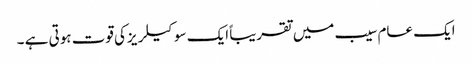
ایک عام سیب میں تقریبا ًایک سو کیلریزکی قوت ہوتی ہے ۔